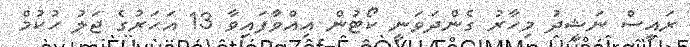
ރައީސް ނަޝީދު މިހާރު ގެންދަވަނީ ކޯޓުން އިއްވާފައިވާ 13 އަހަރުގެ ޖަލު ހުކުމް